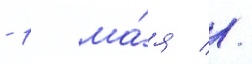
- 1 ма́я //